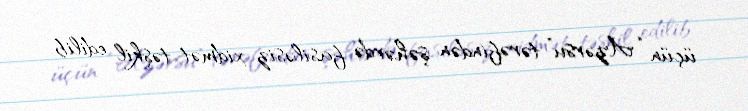
üçün “Azərsu” tərəfindən şəhərdə fasiləsiz xidmət təşkil edilib.